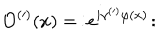
\mathcal { O } ^ { ( \prime ) } ( x ) = \, : \! e ^ { i \gamma ^ { ( \prime ) } \varphi ( x ) } \! :